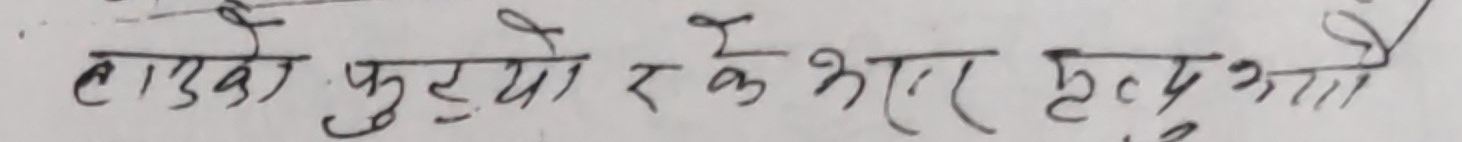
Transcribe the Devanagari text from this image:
टाउको दुख्यो र के भएर दुख्यो?